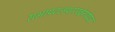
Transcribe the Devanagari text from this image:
सभापटलपररखेगयेपत्र